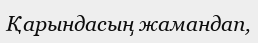
Қарындасың жамандап,